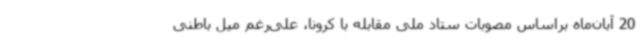
20 آبان‌ماه براساس مصوبات ستاد ملی مقابله با کرونا، علی‌رغم میل باطنی